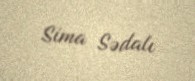
Sima Sədalı